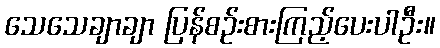
သေသေချာချာ ပြန်စဉ်းစားကြည့်ပေးပါဦး။